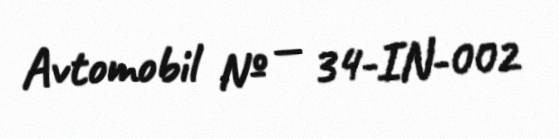
Avtomobil № — 34-IN-002